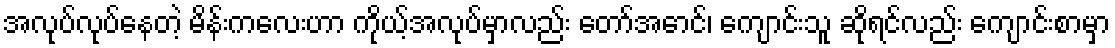
အလုပ်လုပ်နေတဲ့ မိန်းကလေးဟာ ကိုယ့်အလုပ်မှာလည်း တော်အောင်၊ ကျောင်းသူ ဆိုရင်လည်း ကျောင်းစာမှာ